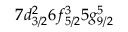
7 d _ { 3 / 2 } ^ { 2 } 6 f _ { 5 / 2 } ^ { 3 } 5 g _ { 9 / 2 } ^ { 5 }